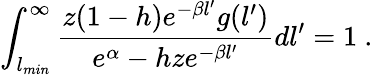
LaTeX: \int_{l_{min}}^{\infty}\frac{z(1-h)e^{-\beta l^{\prime}}g(l^{\prime})}{e^{\alpha}-hze^{-\beta l^{\prime}}}dl^{\prime}=1\ .